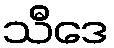
သီဒေ